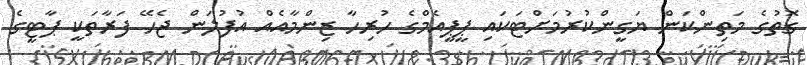
ގޮތުގެ މަތިންކަން ޔަގީންކުރުމަށްޓަކައި ޕީޕީއެމްގެ ހުރިހާ ޒިންމާއެއް އުފުލަން ޖެހޭ ފަރާތަކީ ޕާޓީގެ